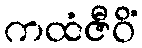
ကထံဇီဝိံ